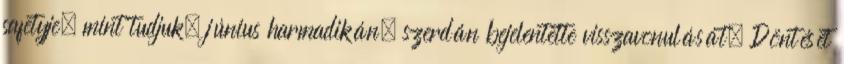
safetyje, mint tudjuk, június harmadikán, szerdán bejelentette visszavonulását. Döntését